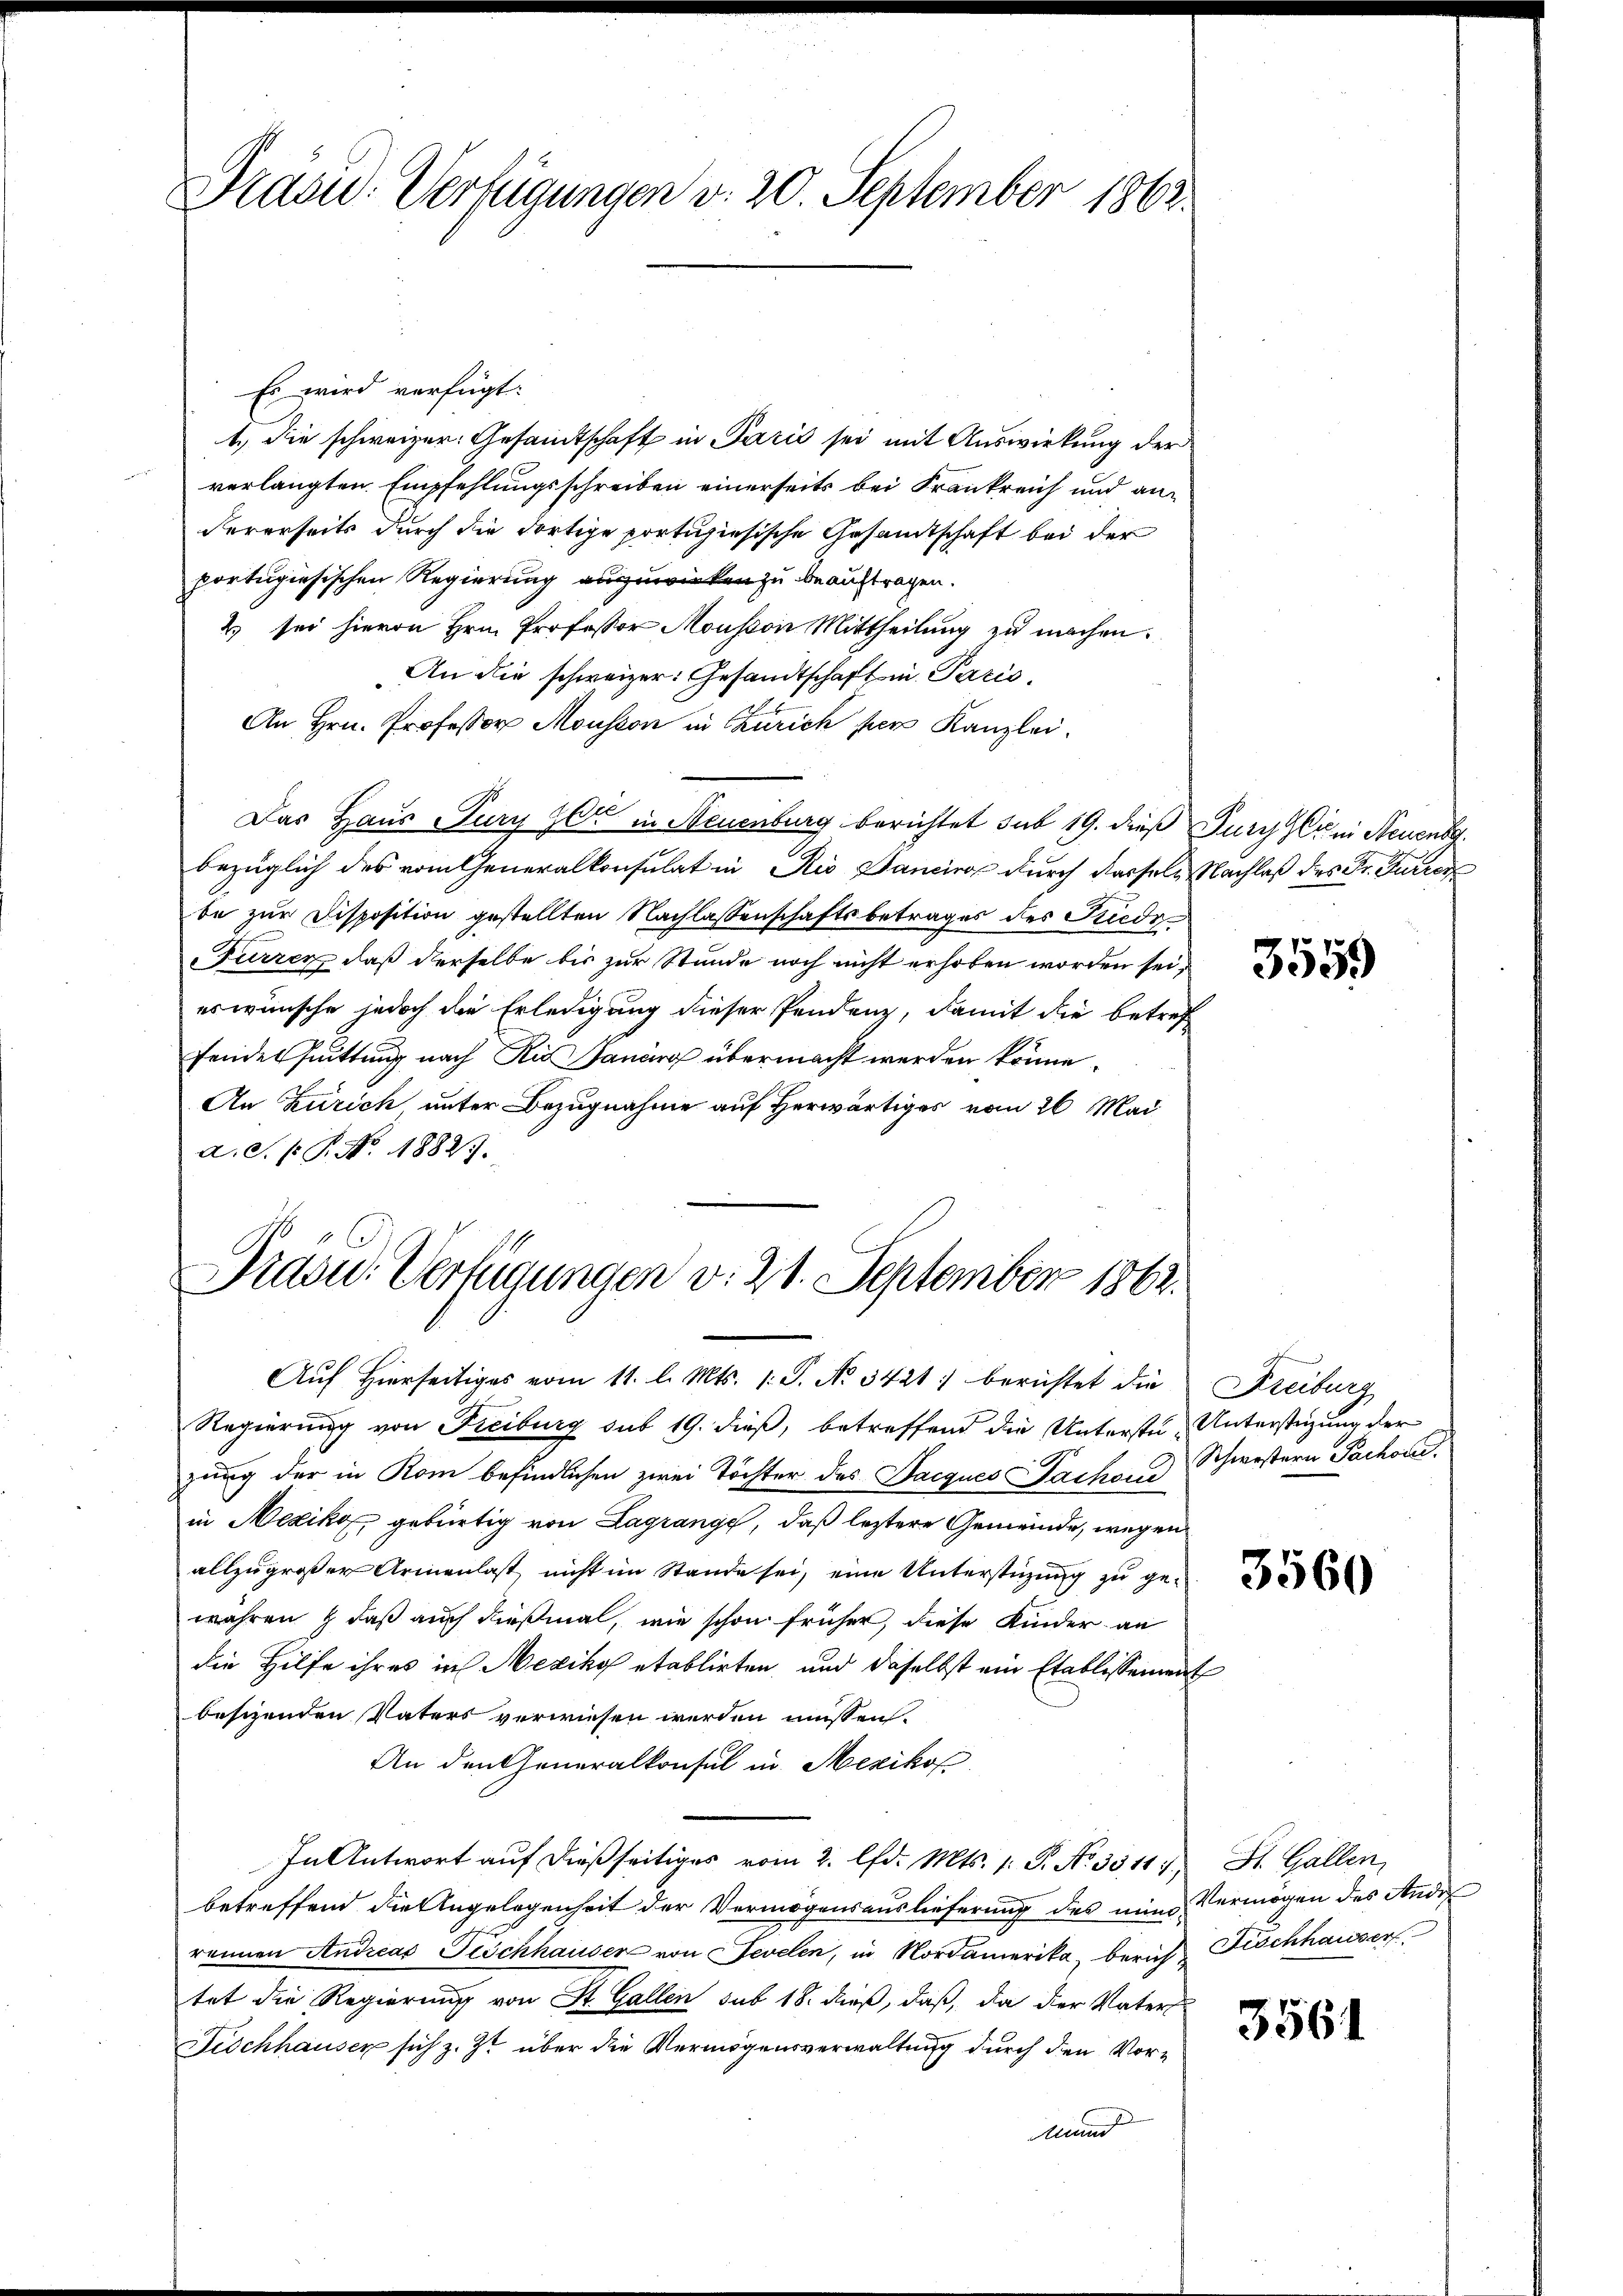
Pasu: Verfügungen v. 20. September 1862.

Es wird verfügt:
1.) Die schweizer. Gesammtschaft in Parić sei mit Auswirkung der
verlangten Empfehlungsschreiben einerseits bei Frankreich und andererseits durch die dortige portuhiesische Gesandtschaft bei der
portugisischen Regierung auszuwirken zu beauftragen.
2 sei hievon Hrn. Professor Mousson Mittheilung zu machen.
An die schweizer: Gesandtschaft in Paris
An Hrn. Professor Mousson in Zürich per Kanzlei.
Das Haus Jury zur in Neuenburg berichtet sub 19. dieß Jury Gli in Neuenbe
bezüglich des vom Generalkonsulat in Rio Bancira durch dasseln Nachlaß des Dr. Furrec
be zur Disposition gestellten Nachlassenschaftsbetrages des Kiede
Furren, daß derselbe bis zur Stunde noch nicht erhoben worden sei,
es wünsche jedoch die Erledigung dieser Pendenz, damit die betref
fendes suittung nach die Janung übermacht werden könne.
An Zürich unter Bezugnahme auf Herwärtiges vom 26. Mai
a. S. P. P. No. 1882.

Präsid.. Verfügungen v. 21. September 1862.

Aŭf Hierseitiges vom 11. l. Mts. 1. P. No. 3421 berichtet die Freiburg
Regierung von Freiburg sub 19. dieß, betreffend die Unterstu-Unterstüzung der
zung der in Rom befindlichen zwei Töchter des Jacques Sachen Schwestern Pachoud.
in Mexika, gebürtig von Lagrange, daß leztere Gemeinde, wegen
allzugroßer Armenlast nicht im Stande sei, eine Unterstüzung zu gewahren & daß auch dießmal, wie schon früher, diese Kinder an
die Hilfe ihres in Mexiko etablirten, und daselbst ein Etablissement
besizenden Vaters verwiesen werden müssen.
An den Generalkonsul in Mexikof
In Antwort auf dießseitiges vom 2. lfd. Mts. 1. P. Nr. 35117. St. Gallen,
betreffend die Angelegenheit der Vermögensauslieferung des nun Vermögen des Ande
rennen Andreas Tischhauser von Sevelen, in Nordamerika, berich Fischhauser
tet die Regierung von St. Gallen sub 18. dieß, daß, da der Vaters
Fischhauser sich z. Zt über die Vermögensverwaltung durch den Vor¬
Mund

3559

3560

3561